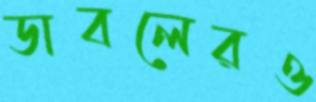
ডাবলেরও